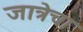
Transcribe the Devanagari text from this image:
जात्रेचा